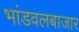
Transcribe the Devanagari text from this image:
भांडवलबाजार